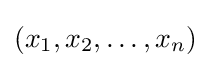
(x_{1},x_{2},\ldots ,x_{n})